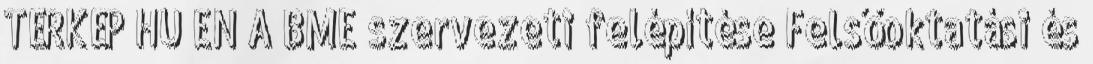
TÉRKÉP HU EN A BME szervezeti felépítése Felsőoktatási és